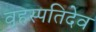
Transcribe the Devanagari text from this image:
वृहस्पतिदेव